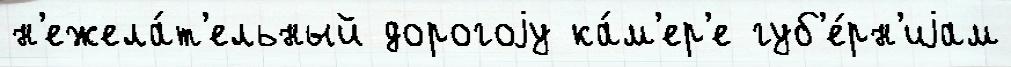
н'ежела́т'ельный дорогоjу ка́м'ер'е губ'е́рн'иjам